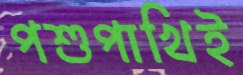
পশুপাখিই